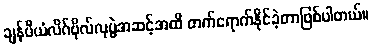
ချန်ပီယံလိဂ်ဗိုလ်လုပွဲအဆင့်အထိ တက်ရောက်နိုင်ခဲ့တာဖြစ်ပါတယ်။